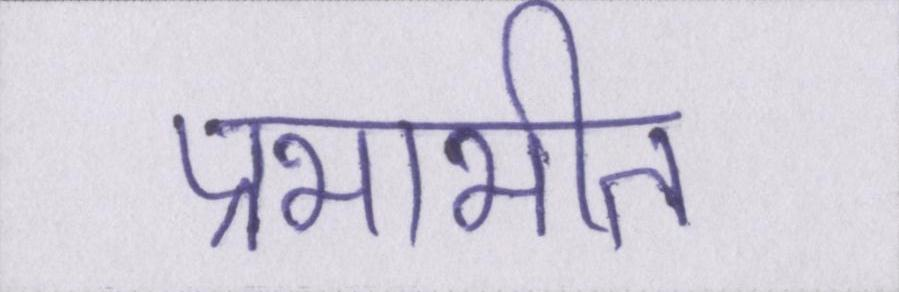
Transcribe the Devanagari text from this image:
प्रभाभीत